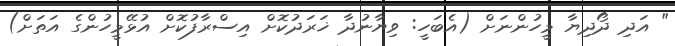
" އަދި ދޯދިޔާ މީހުންނަށް (އެބަހީ: ވިޔާނުދާ ޚަރަދުކޮށް އިސްރާފުކޮށް އުޅޭމީހުންގެ އަތަށް)